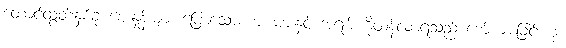
တောင်ထွတ်နှစ်ခု ဈေးနှုန်းများ ပြောသောစကားများနှင့် အရမ်းကိုထန်လာရသည် စော်ကားခြင်းဟု